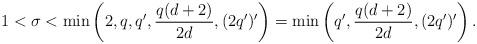
LaTeX: \begin{align*}1 < \sigma < \min\left(2,q,q',\frac{q(d+2)}{2d}, (2q')'\right) = \min\left(q',\frac{q(d+2)}{2d}, (2q')'\right).\end{align*}